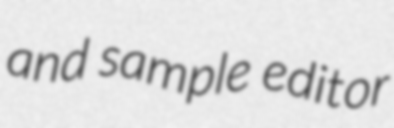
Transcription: and sample editor